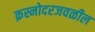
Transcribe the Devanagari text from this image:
क्रस्नोदरजवळील